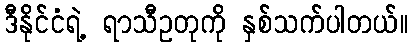
ဒီနိုင်ငံရဲ့ ရာသီဥတုကို နှစ်သက်ပါတယ်။